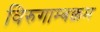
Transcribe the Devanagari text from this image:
विरुगाम्बक्कम